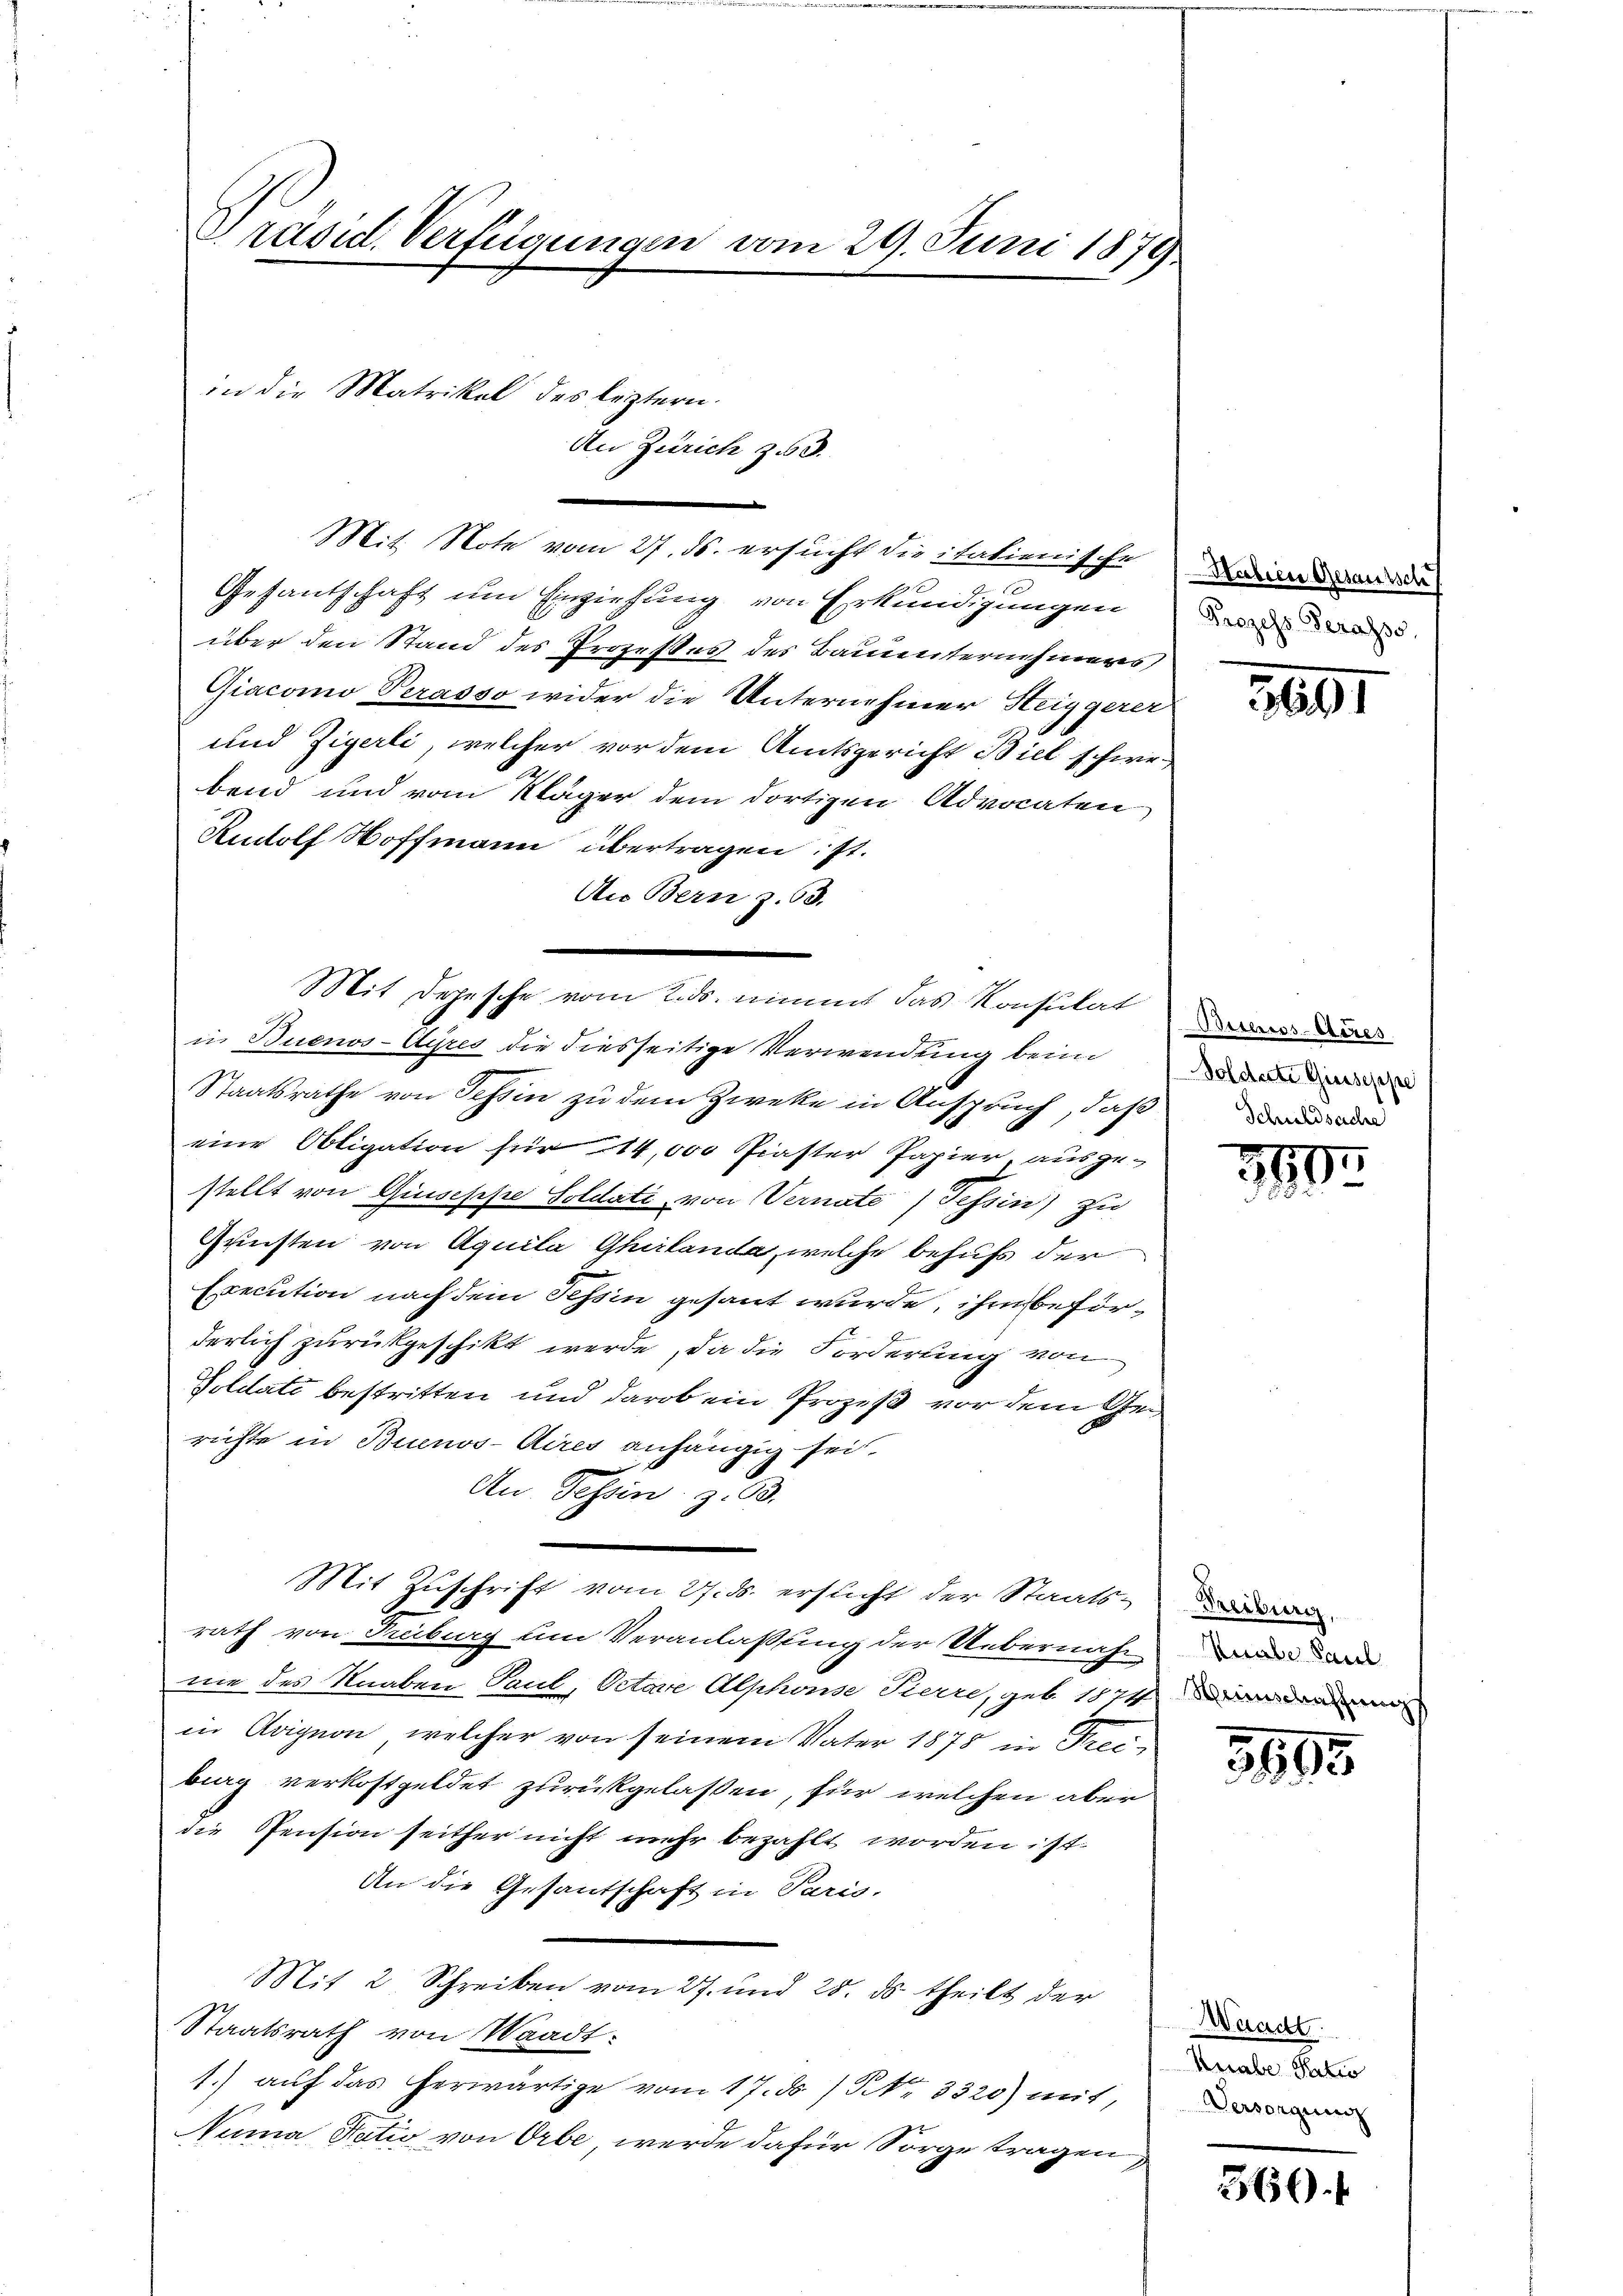
Präsid. Verfügungen vom 29. Juni 1879

in die Matrikel des letztern.

d

Mit Note vom 27. ds. ersucht die italienische
Gesantschaft um Einziehung von Erkundigungen
über den Stand des Prozesses des Bauunternehmens
Giacomo Perasso wider die Unternehmer Heiggerer
und Zigerli, welcher vor dem Amtsgericht Biel schwebend und vom Kläger dem dortigen Advocaten
Rudolf Hoffmann übertragen; st.
An Bern z. 63.
in Buenos-Ayres die diesseitige Verwendung beim
Staatsrathe von Tessin zu dem Zweke in Anspruch, daß
eine Obligation für 14,000 Piaster Papier ausge-
stellt von Giuseppe Soldati von Vernate (Tessin) zu
Gunsten von Aquila Gherlanda, welche behufs der
Execution nach dem Tessin gesant wurde, ihm beförderlich zurückgeschikt werde, da die Forderung von
Soldate bestritten und darob ein Prozeß vor dem Gerichte in Buenos-Aires anhängig sei.
An Schein z. B.
Mit Zuschrift vom 27. ds. ersticht der Staats-
rath von Treiburg um Veranlassung der Uebernahm da
nie des Knaben, Paul, Octare Alphonse Tierre, geb. 1874 an den
in Arigion, welcher von seinem Vater 1878 in Kreiburg verkostgeldet zurückgelassen, für welchen aber
die Pension seither nicht mehr bezahlt worden ist.
An die Gesantschaft in Paris.
Mit 2 Schreiben vom 27. und 28. ds. theilt der
Staatsrath von Waadt:
1.) auf das herwärtige vom 17. ds. / NNo. 3320) mit,
Numa Natio von Orbe, werde dafür Sorge tragen,

Zürich zu 3.

Mit Depesche vom 2. ds. nimmt das Konsulat

Habien Gesaussch
Prozess Terasso

891

Solderte Giuseppe
Schuldsache

d
290.
d

Freiburg.

5695

Waadt.
Knabe Ratio
Versorgung

360.